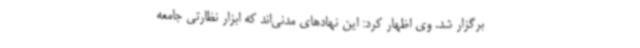
برگزار شد. وی اظهار کرد: این نهادهای مدنی‌اند که ابزار نظارتی جامعه